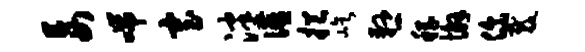
妄喘寡泮宴挹屹悬稽懈你裁